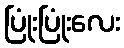
ပြုံးပြုံးလေး